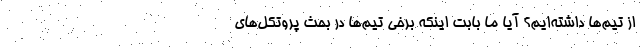
از تیم‌ها داشته‌ایم؟ آیا ما بابت اینکه برخی تیم‌ها در بحث پروتکل‌های